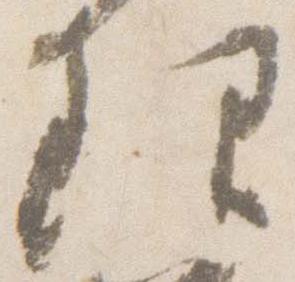
理